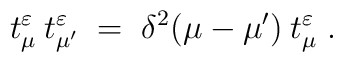
t^\varepsilon_\mu \:t^\varepsilon_{\mu'} \;=\; \delta^2(\mu-\mu')\: t^\varepsilon_\mu\;.